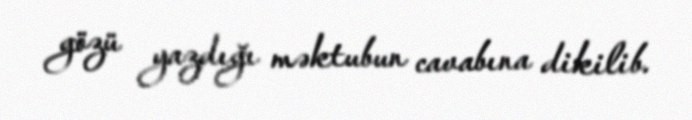
gözü yazdığı məktubun cavabına dikilib.